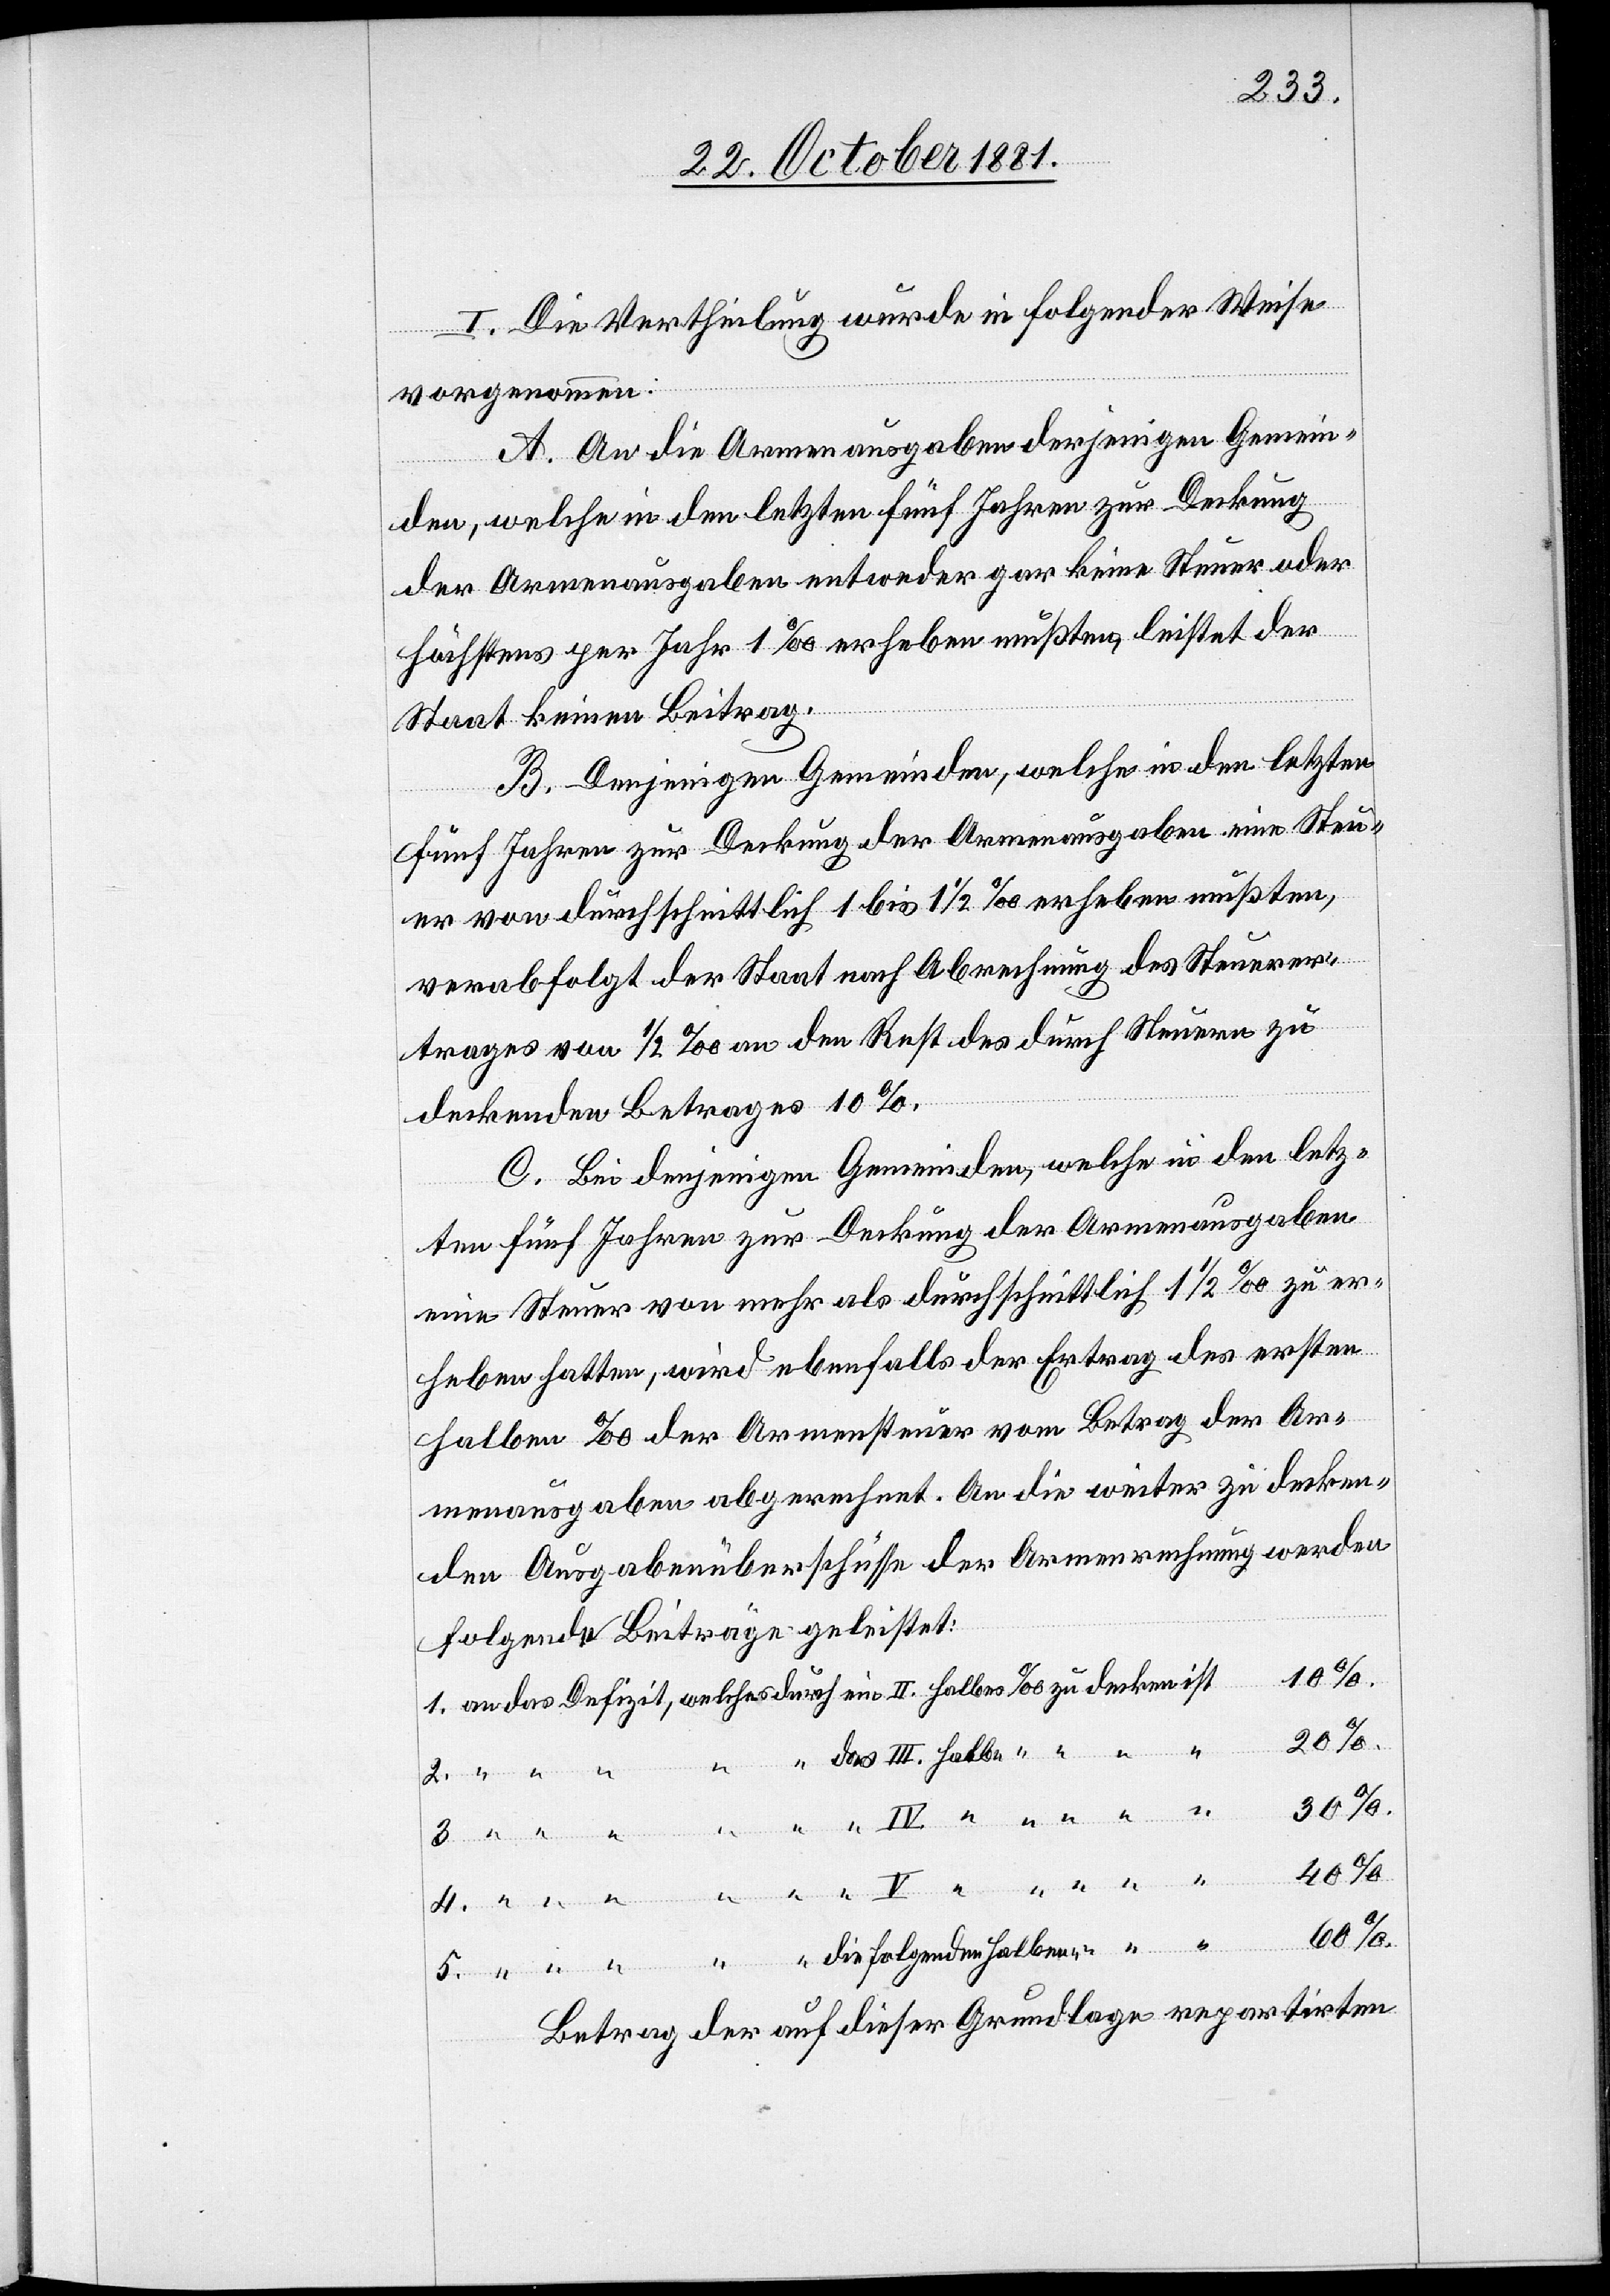
I. Die Vertheilung wurde in folgender Weise
4.
vorgenommen:
A. An die Armenausgaben derjenigen Gemein¬
den, welche in den letzten fünf Jahren zur Deckung
der Armenausgaben entweder gar keine Steuer oder
höchstens per Jahr 1‰ erheben müßten, leistet der
Staat keinen Beitrag.
B. Denjenigen Gemeinden, welche in den letzten
fünf Jahren zur Deckung der Armenausgaben eine Steu¬
er von durchschnittlich 1 bis 1 1/2‰ erheben müßten,
verabfolgt der Staat nach Abrechnung des Steuerer¬
trages von 1/2‰ an den Rest des durch Steuern zu
deckenden Betrages 10%.
C. Bei denjenigen Gemeinden, welche in den letz¬
ten fünf Jahren zur Deckung der Armenausgaben
eine Steuer von mehr als durchschnittlich 1 1/2‰ zu er¬
heben hatten, wird ebenfalls der Ertrag des ersten
halben ‰ der Armensteuer vom Betrag der Ar¬
menausgaben abgerechnet. An die weiter zu decken¬
den Ausgabenüberschüsse der Armenrechnung werden
folgende Beiträge geleistet:
10%.
1. an das Defizit, welches durch ein II. halbes ‰ zu decken ist
5. “ “ “ “ “ die folgenden halben “ “
Betrag der auf dieser Grundlage repartirten